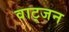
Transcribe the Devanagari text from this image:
वाट्जन